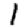
Digit: 1